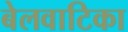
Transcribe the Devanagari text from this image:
बेलवाटिका